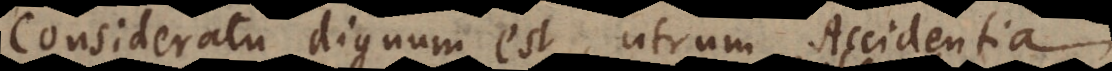
Consideratu dignum est, utrum Accidentia